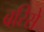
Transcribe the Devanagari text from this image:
बरिसे